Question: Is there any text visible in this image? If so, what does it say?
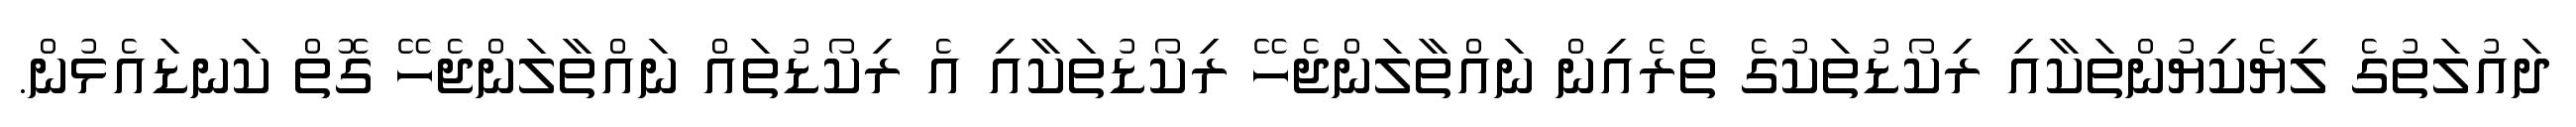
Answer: ދައުލަތުގެ ލިޔެކިޔުންތަކާއި ރިކޯޑުތަކުގެ ތެރެއިން ނައްތާލަންޖެހޭ ރިކޯޑުތަކާއި އެ ރިކޯޑުތައް ނައްތާލަންޖެހޭ ގޮތް ކަނޑައެޅުން.